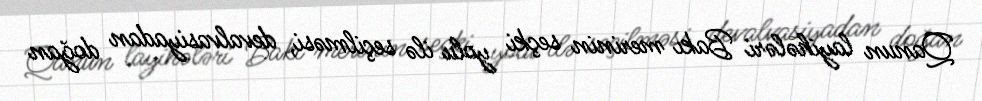
Qanun layihələri Bakı merinin seçki yolu ilə seçilməsi, devalvasiyadan doğan